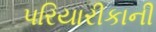
પરિયારીકાની